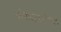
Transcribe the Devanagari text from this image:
स्त्रीवादासमोरील